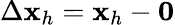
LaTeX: \Delta{\mathbf x}_{h}={\mathbf x}_{h}-{\mathbf 0}